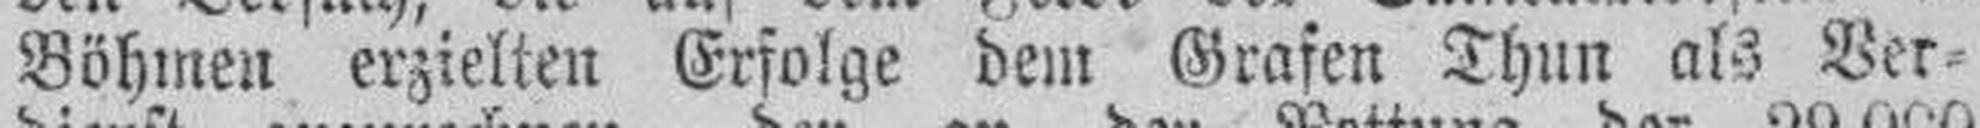
Böhmen erzielten Erfolge dem Grafen Thun als Ver¬